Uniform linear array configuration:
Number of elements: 12
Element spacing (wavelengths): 0.25
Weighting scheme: kaiser
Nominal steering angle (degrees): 45
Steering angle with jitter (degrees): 46.085
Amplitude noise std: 0.05
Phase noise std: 0.05

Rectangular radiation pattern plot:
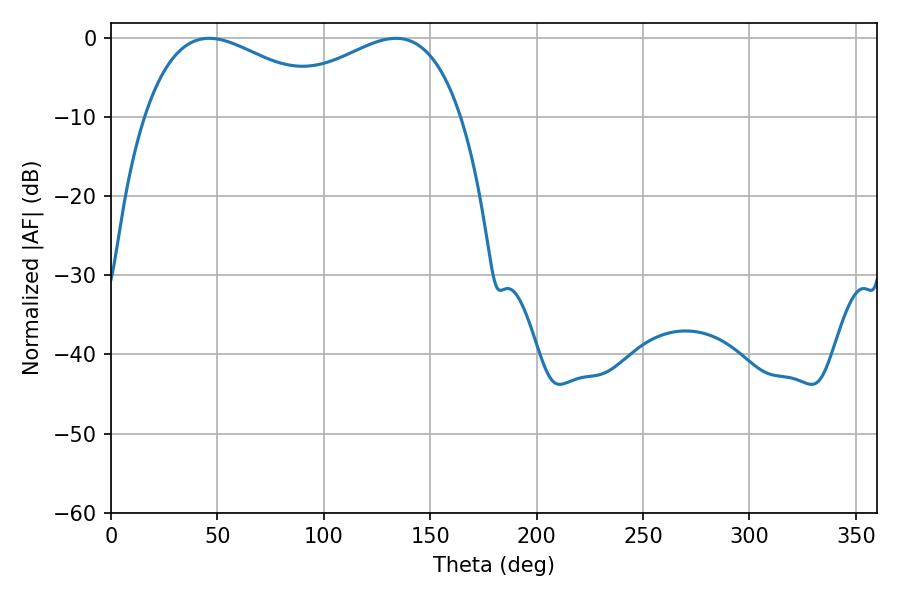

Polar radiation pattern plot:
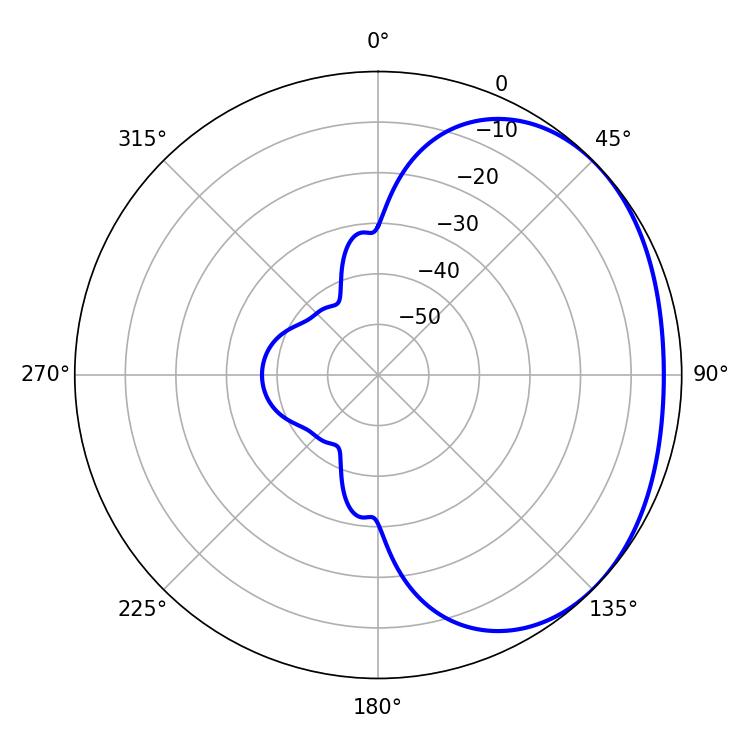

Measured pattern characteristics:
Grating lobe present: FALSE
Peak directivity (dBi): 1.906
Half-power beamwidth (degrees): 50.4
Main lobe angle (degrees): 46.08